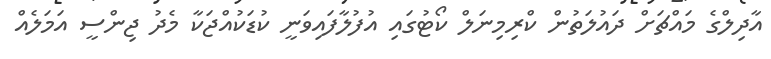
އާދިލްގެ މައްޗަށް ދައުލަތުން ކްރިމިނަލް ކޯޓުގައި އުފުލާފައިވަނީ ކުޑަކުއްޖަކާ މެދު ޖިންސީ އަމަލެއް